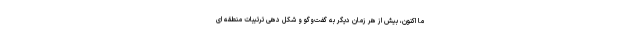
ما اکنون، بیش از هر زمان دیگر به گفت‌وگو و شکل دهی ترتیبات منطقه ای